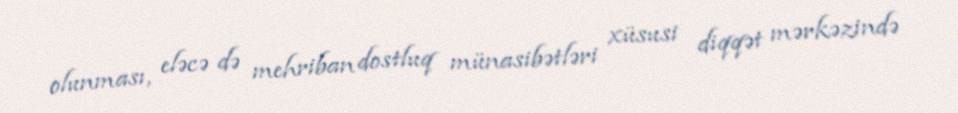
olunması, eləcə də mehriban dostluq münasibətləri xüsusi diqqət mərkəzində